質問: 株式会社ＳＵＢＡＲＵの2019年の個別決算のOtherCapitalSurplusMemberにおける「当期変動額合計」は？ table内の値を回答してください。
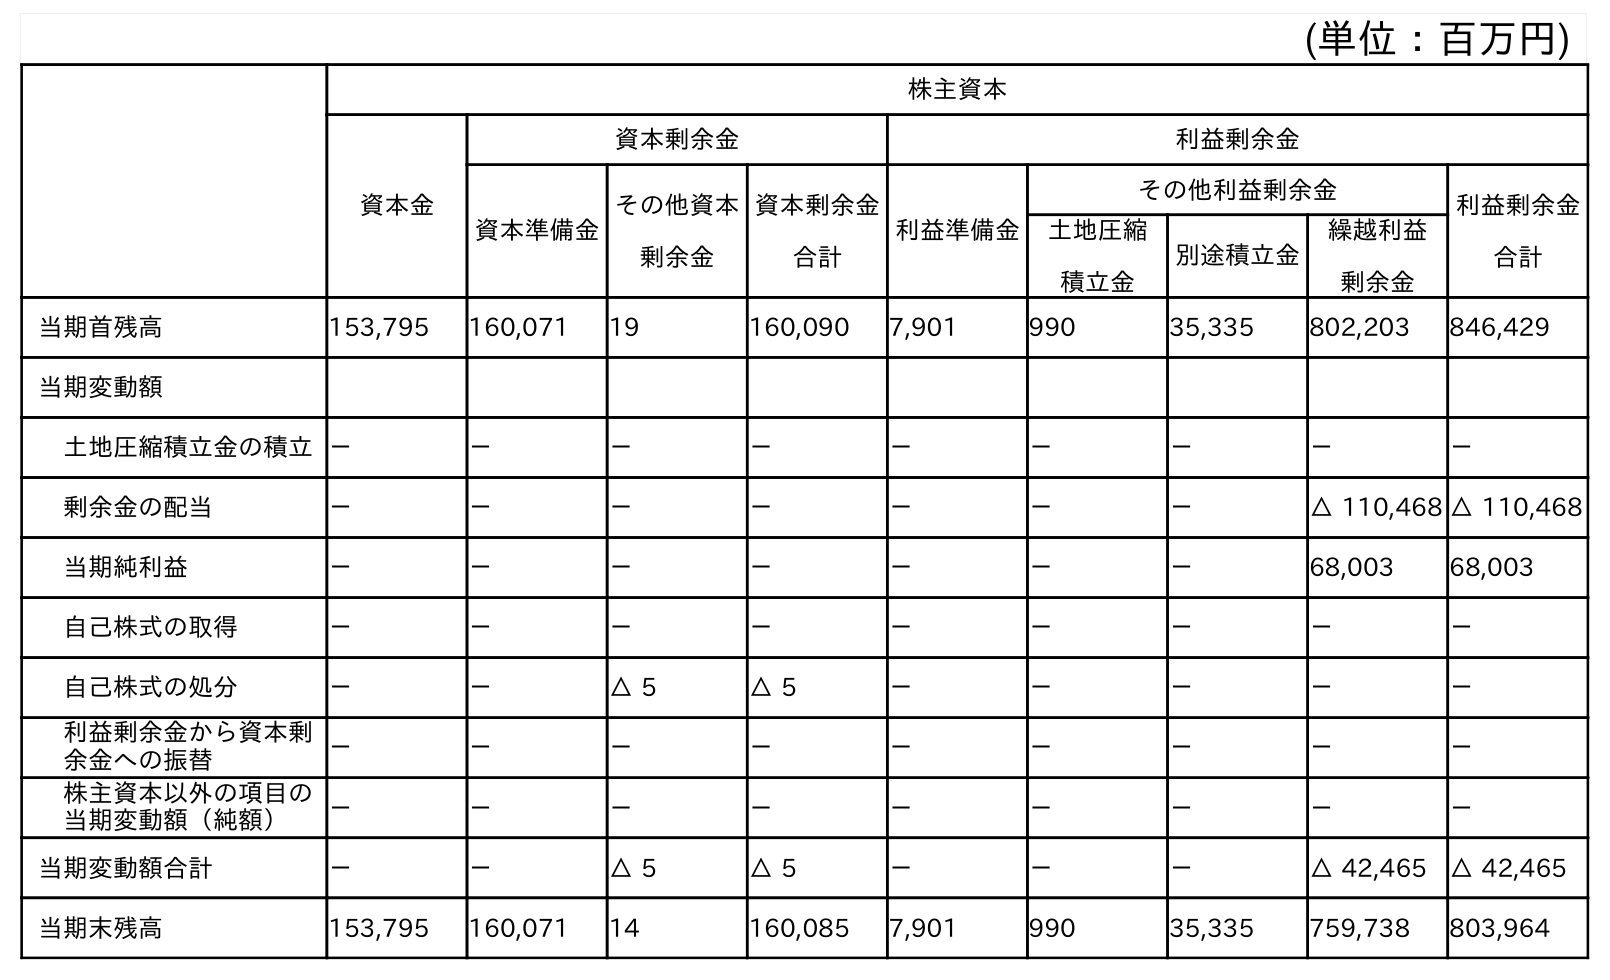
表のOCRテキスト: (単位：百万円) 株主資本 資本金 資本剰余金 利益剰余金 資本準備金 その他資本 剰余金 資本剰余金 合計 利益準備金 その他利益剰余金 利益剰余金 合計 土地圧縮 積立金 別途積立金 繰越利益 剰余金 当期首残高 153,795 160,071 19 160,090 7,901 990 35,335 802,203 846,429 当期変動額 土地圧縮積立金の積立－ － － － － － － － － 剰余金の配当 － － － － － － － △ 110,468 △ 110,468 当期純利益 － － － － － － － 68,003 68,003 自己株式の取得 － － － － － － － － － 自己株式の処分 － － △ 5 △ 5 － － － － － 利益剰余金から資本剰 余金への振替 － － － － － － － － － 株主資本以外の項目の 当期変動額（純額） － － － － － － － － － 当期変動額合計 － － △ 5 △ 5 － － － △ 42,465 △ 42,465 当期末残高 153,795 160,071 14 160,085 7,901 990 35,335 759,738 803,964
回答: △5